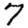
Digit: 7